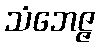
သံဘေဇ္ဇ